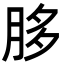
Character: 䏧